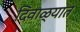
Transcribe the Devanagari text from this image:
दिवाळ्यात